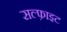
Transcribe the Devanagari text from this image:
सल्फ़ाइट